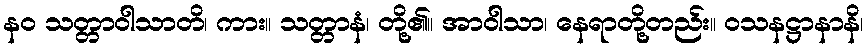
နဝ သတ္တာဝါသာတိ၊ ကား။ သတ္တာနံ၊ တို့၏။ အာဝါသာ၊ နေရာတို့တည်း။ ဝသနဋ္ဌာနာနိ၊